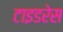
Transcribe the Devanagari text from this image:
टाइडरेस